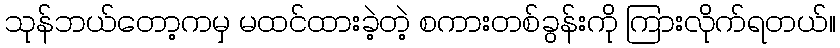
သုန်ဘယ်တော့ကမှ မထင်ထားခဲ့တဲ့ စကားတစ်ခွန်းကို ကြားလိုက်ရတယ်။